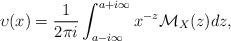
LaTeX: \begin{align*}\upsilon(x)=\frac{1}{2\pi i}\int^{a+i\infty}_{a-i\infty}x^{-z}\mathcal{M}_X(z)dz,\end{align*}